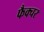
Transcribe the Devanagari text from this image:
फैक्चर